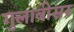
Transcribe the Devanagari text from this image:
गुलाबीसर